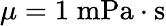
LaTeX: \mu=1\; {\mathrm{mPa}}\cdot{\mathrm{s}}